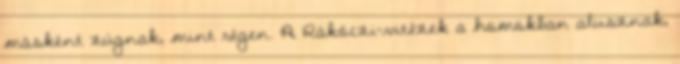
másként zúgnak, mint régen. A Rákóczi-vitézek a homokban alusznak,